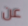
عن